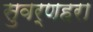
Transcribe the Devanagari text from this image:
सुवर्णहरा